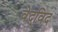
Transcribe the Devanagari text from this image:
वेद्‍विद